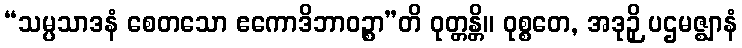
“သမ္ပသာဒနံ စေတသော ဧကောဒိဘာဝဉ္စာ”တိ ဝုတ္တန္တိ။ ဝုစ္စတေ, အဒုဉှိ ပဌမဇ္ဈာနံ